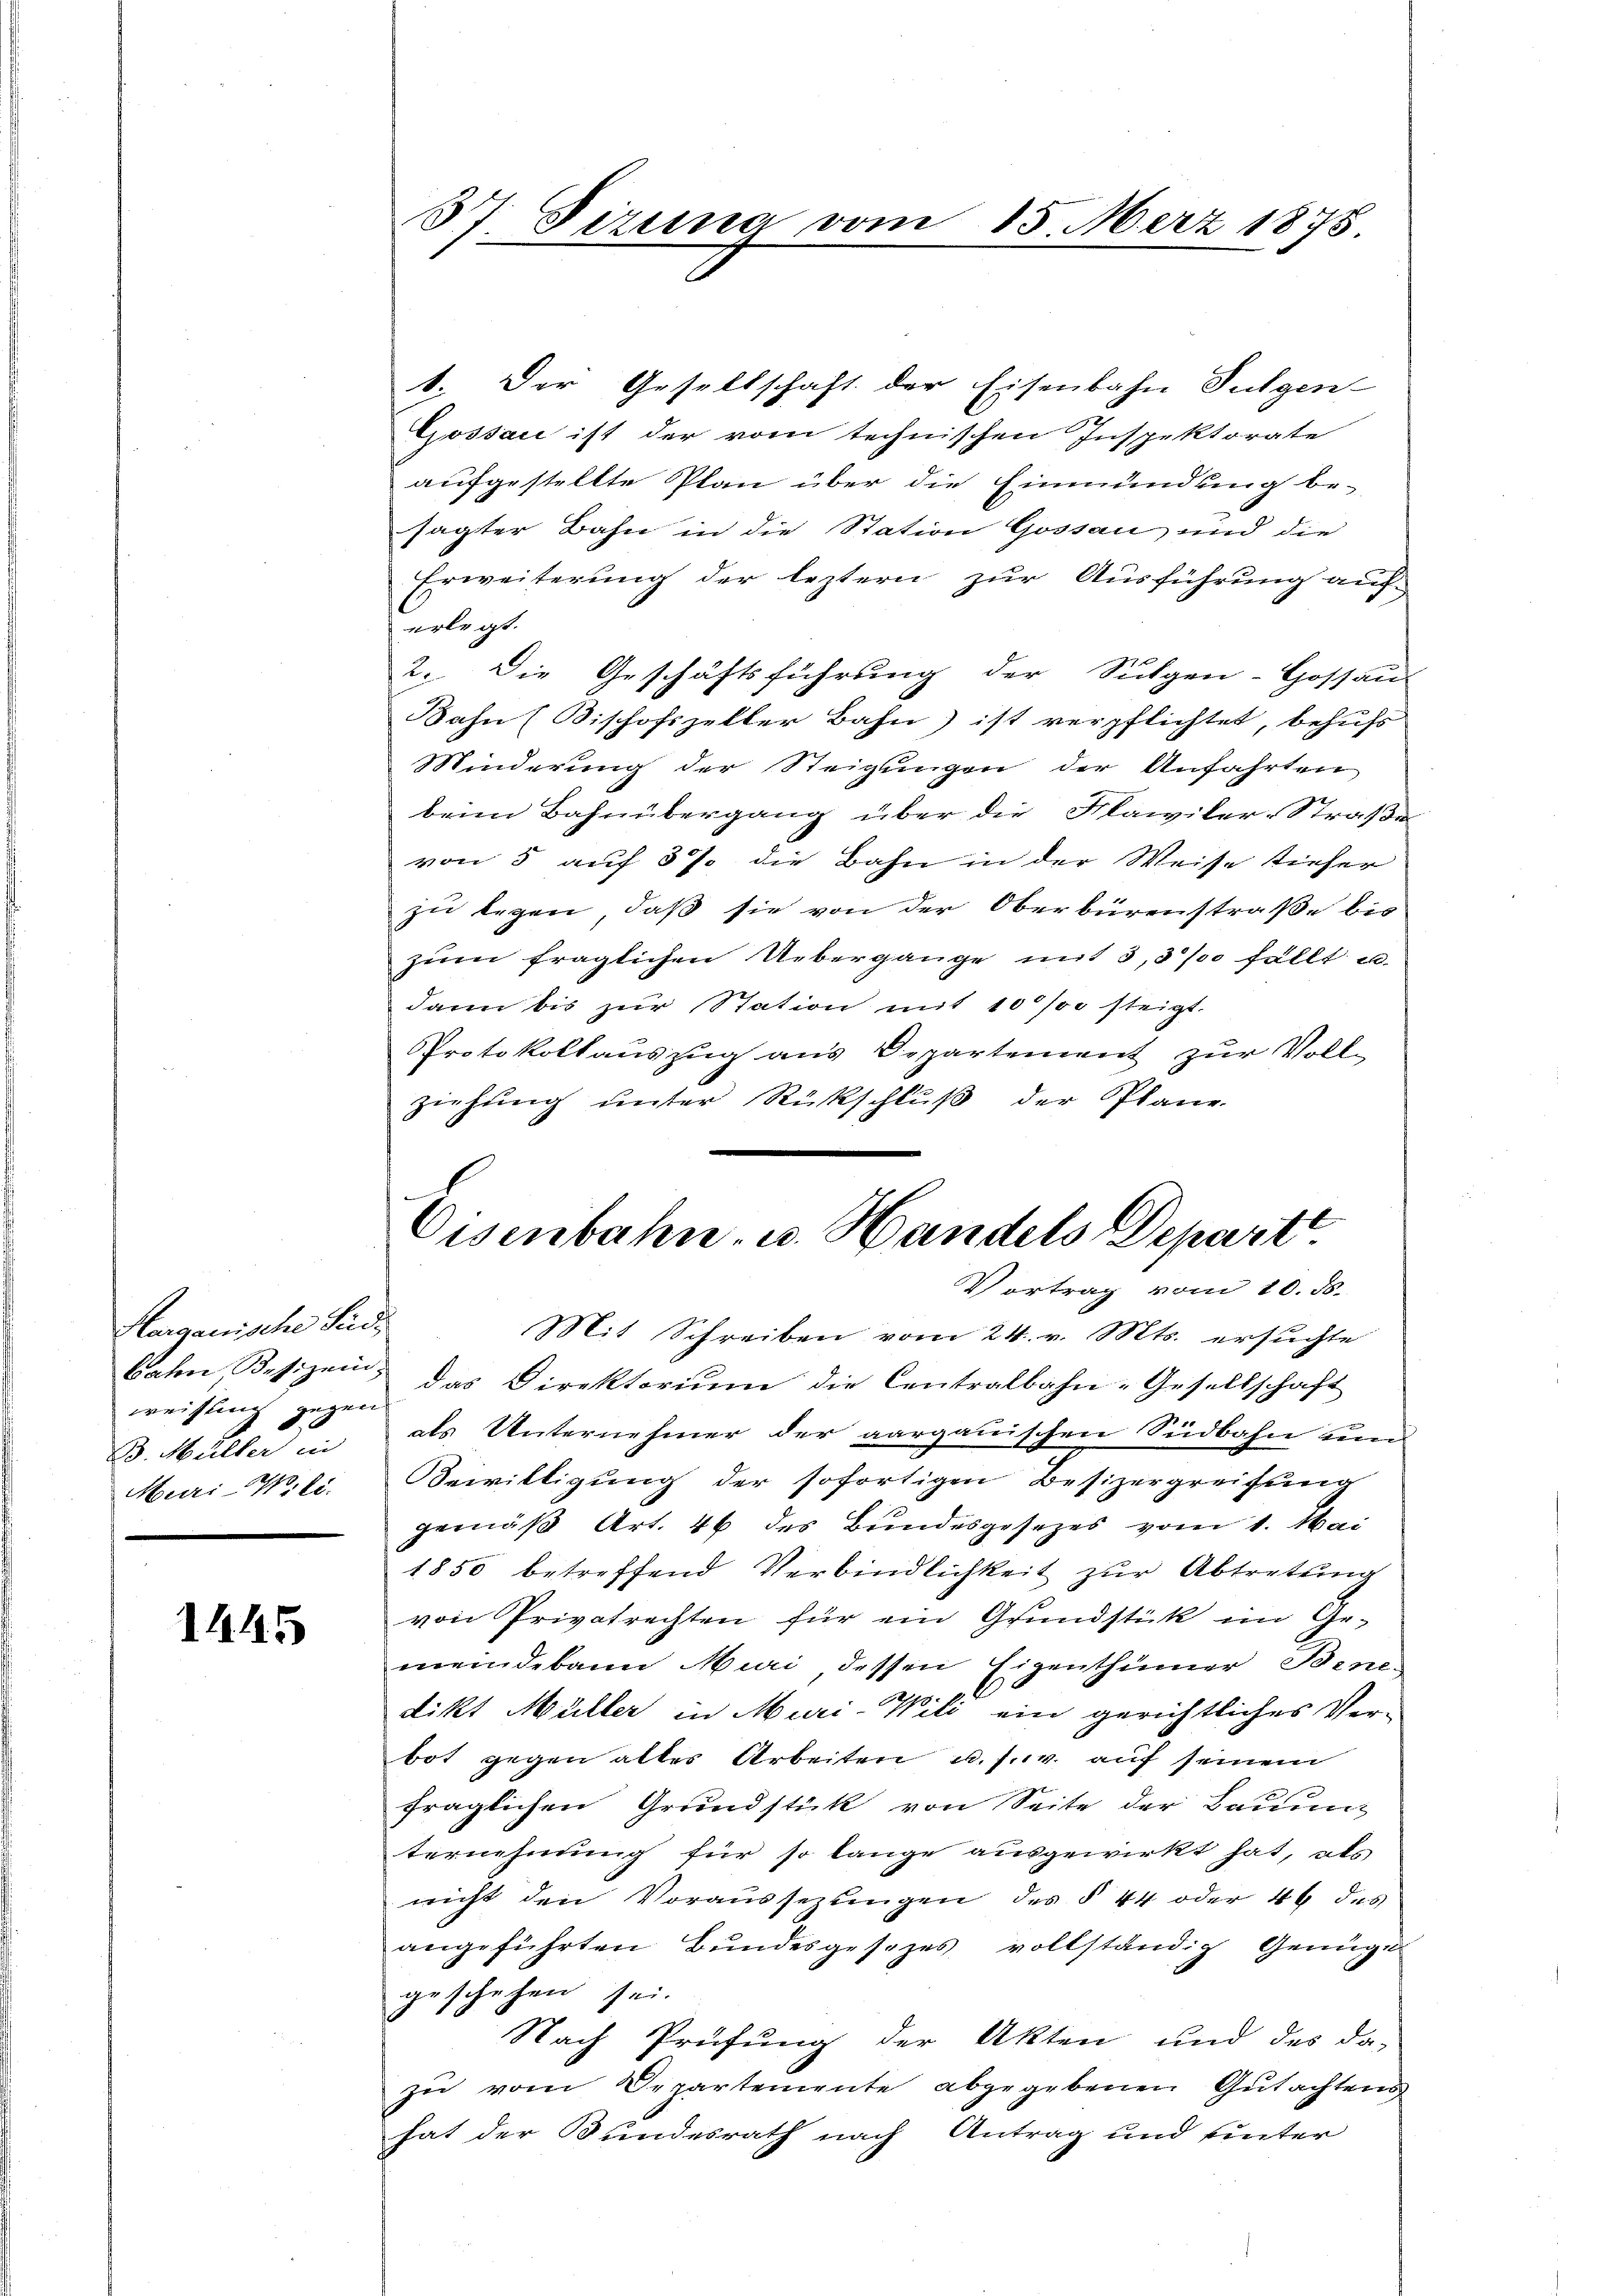
Herganische Seide
bahn, Besizein
weisling gegen
B. Müller in
Muri-W. li

1445

S
Firina vom 15. März 1878

1. Der Gesellschaft der Eisenbahn Fulgen-
Gossau ist der vom technischen Inspektorate
aufgestellte Plan über die Einmündung be-
sagter Bahn in die Station Gossau und die
Erweiterung der leztern zur Ausführung auf-
erlegt.
2. Die Geschäftsführung der Sulgen-Hossau-
Bahn (Bischofszeller Bahn) ist verpflichtet, behufs
Minderung der Steigungen der Anfahrten
beim Bahnübergang über die Klawiler-Straße
von 5 auf 37 die Bahn in der Weise sieher
zu legen, daß sie von der Oberbürenstraße bis
zum fraglichen Uebergange mit 3,3% fällt u.
dann bis zur Station mit 10/00 steigt.
Protokollauszug aus Departement zur Voll-
ziehung unter Rückschluß der Plane
Vortrag vom 10. ds.
Mit Schreiben vom 24. v. Mts. ersuchte
das Direktorium die Centralbahn-Gesellschaft
als Unternehmer der aargauischen Südbahn um
Bewilligung der sofortigen Besizergreifung
gemäß Art. 46 des Bundesgesezes vom 1. Mai
1850 betreffend Verbindlichkeit zŭr Abtretung
von Privatrechten für ein Grundstück im Gemeindebann Muri dessen Eigenthümer Bendikt Müller in Muri-Wili ein gerichtliches Ver-
bot gegen alter Arbeiten u. s. w. auf seinem
fraglichen Grundstück von Seite der Baum
ternehmung für so lange ausgewirkt hat, als
nicht den Voraussezlingen des § 44 oder 44 des
angeführten Bundesgesezes vollständig Genüge
geschehen sei.
Nach Prüfung der Akten und des da-
zu vom Departemente abgegebenen Gutachtens
hat der Bundesrath nach Antrag und hinter

Eisenbahn, u. Handels Departe.